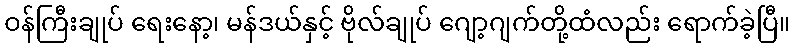
ဝန်ကြီးချုပ် ရေးနော့၊ မန်ဒယ်နှင့် ဗိုလ်ချုပ် ဂျော့ဂျက်တို့ထံလည်း ရောက်ခဲ့ပြီ။